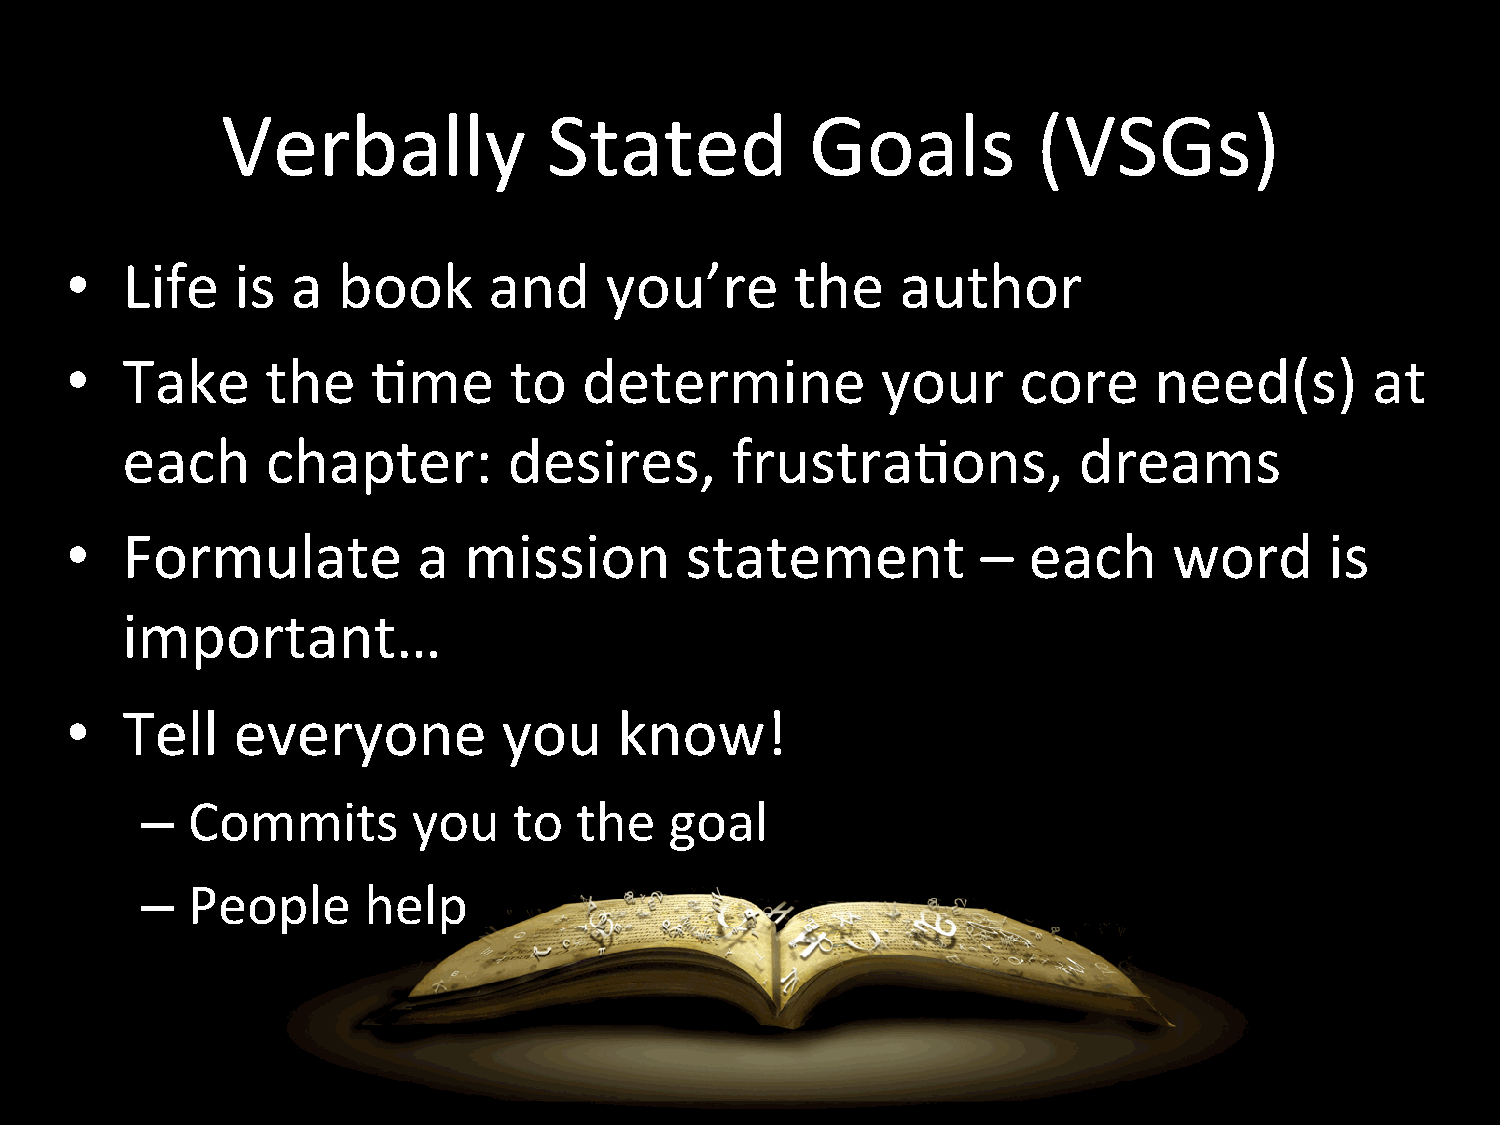
Verbally             Stated            Goals          (VSGs)
 •   Life    is a  book      and     you’re       the    author
 •   Take      the    Hme      to   determine          your      core    need(s)        at
 each      chapter:        desires,      frustraHons,           dreams
 •   Formulate           a  mission       statement           –  each      word      is
 important…
 •   Tell   everyone          you     know!
 –  Commits        you    to  the   goal
 –  People      help